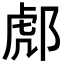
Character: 𨛵